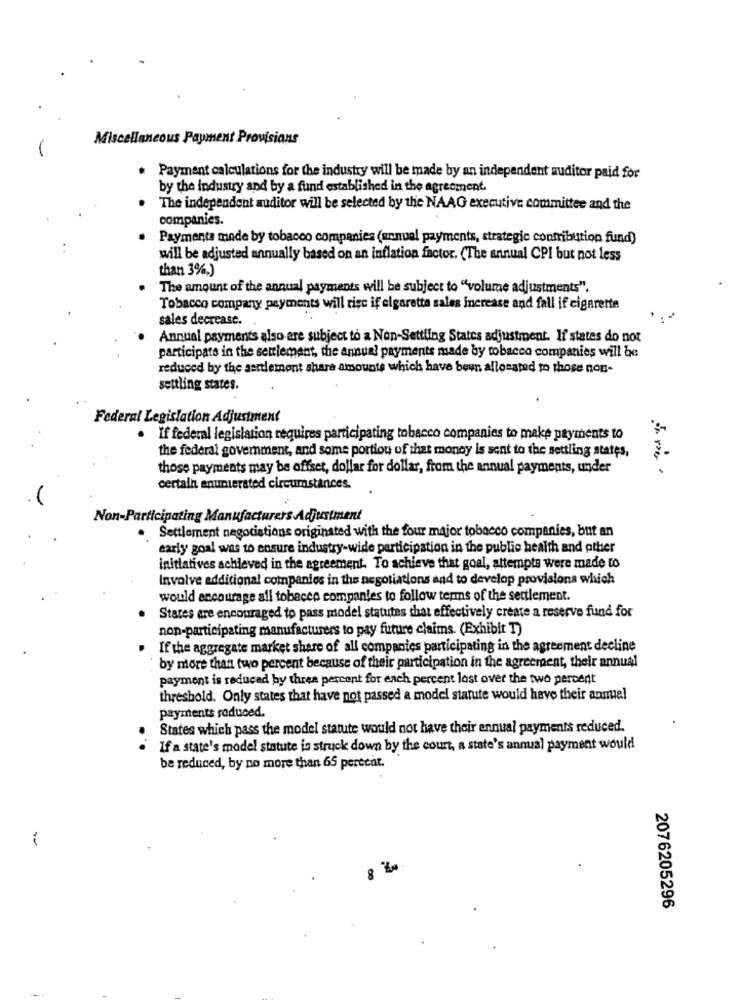
Miscellaneous Payment Provisions
Payment calculations for the industry will be made by an independent auditor paid for
by the industry and by a fund established in the agreement.
The independent auditor will be selected by the NAAG executive committee and the
companies.
Payments made by tobacco companies (annual payments, strategic contribution fund)
will be adjusted annually based on an inflation factor. (The annual CPI but not less
than 3%.)
The amount of the annual payments will be subject to "volume adjustments".
Tobacco company payments will rise if cigarette sales increase and fall if cigarette
sales decrease.
Annual payments also are subject to a Non-Settling States adjustment. If states do not
participate in the settlement, the annual payments made by tobacco companies will be
reduced by the settlement share amounts which have been allocated to those non-
settling stares.
.
Federal Legislation Adjustment
. If federal legislation requires participating tobacco companies to make payments to
the federal government, and some portion of that money is sent to the settling states,
those payments may be offset, dollar for dollar, from the annual payments, under
certain enuntersted circumstances.
Non-Participating Manufacturers Adjustment
Settlement negotiations originated with the four major tobacco companies, but an
early goal was to ensure industry-wide participation in the public health and other
initiatives achieved in the agreement. To achieve that goal, attempts were made to
Involve additional companies in the negotiations and to develop provisions which
would encourage all tobacco companies to follow terms of the settlement.
States are encouraged to pass model statutes that effectively create a reserve fund for
non-participating manufacturers to pay future claims. (Exhibit T)
If the aggregate market share of all companies participating in the agreement decline
by more than two percent because of their participation in the agreement, their annual
payment is reduced by three percent for each percent lost over the two percent
threshold. Only states that have not passed a model statute would have their annual
payments reduced.
States which pass the model statute would not have their annual payments reduced.
If a state's model statute is struck down by the court, a state's annual payment would
be reduced, by no more than 65 percent.
8 %
2076205296